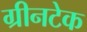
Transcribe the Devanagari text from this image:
ग्रीनटेक